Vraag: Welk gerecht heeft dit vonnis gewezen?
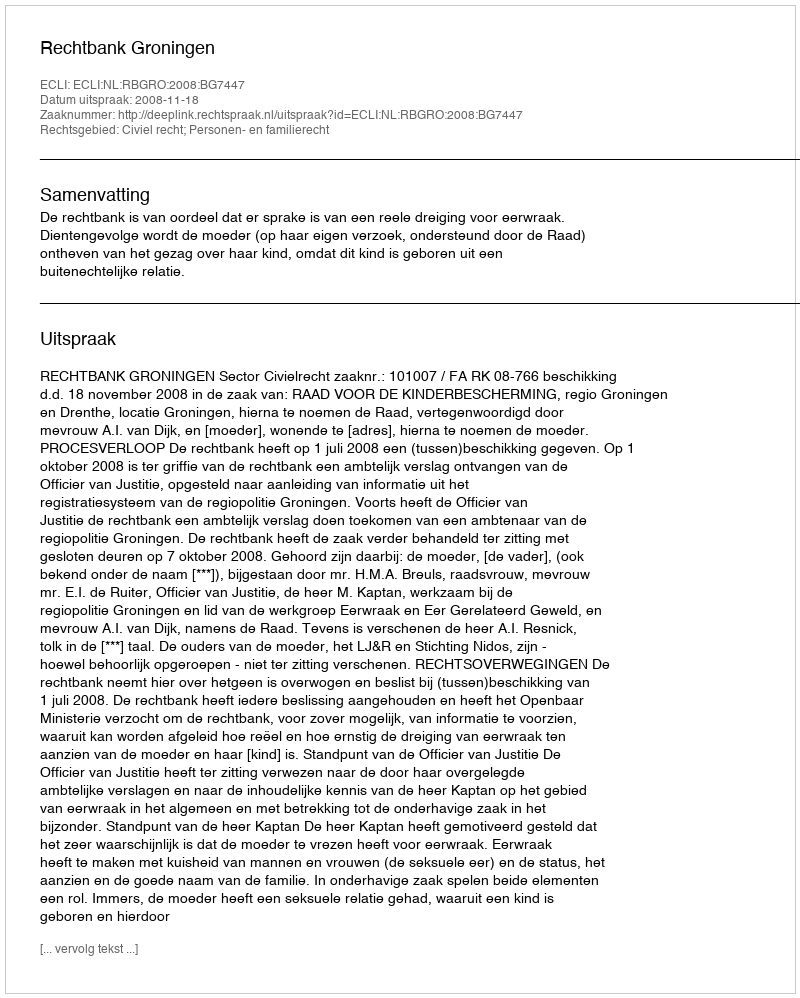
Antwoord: Rechtbank Groningen